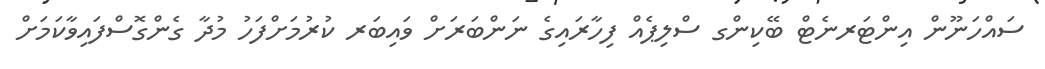
ސައްހަނޫން އިންޓަރނެޓް ބޭކިންގ ސްލިޕެއް ފިހާރައިގެ ނަންބަރަށް ވައިބަރ ކުރުމަށްފަހު މުދާ ގެންގޮސްފައިވާކަމަށް